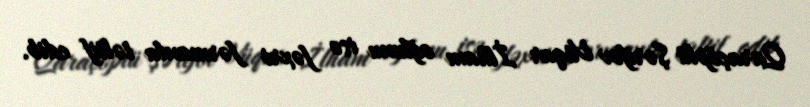
Qaraçöplü Şərifov Vüqar İlham oğlunu isə fəxri fərmanla təltif edib.